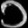
Digit: ၁